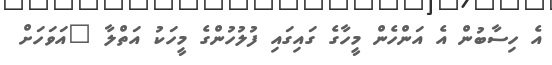
އެ ހިސާބުން އެ އަންހެން މީހާގެ ގައިގައި ފުލުހުންގެ މީހަކު އަތްލާ "އަވަހަށް